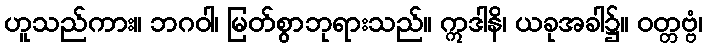
ဟူသည်ကား။ ဘဂဝါ၊ မြတ်စွာဘုရားသည်။ ဣဒါနိ၊ ယခုအခါ၌။ ဝတ္တဗ္ဗံ၊